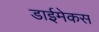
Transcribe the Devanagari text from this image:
डाईमेकस